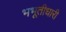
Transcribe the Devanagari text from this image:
भभूतीधारी